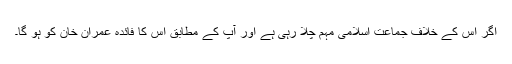
اگر اس کے خلاف جماعت اسلامی مہم چلا رہی ہے اور آپ کے مطابق اس کا فائدہ عمران خان کو ہو گا۔